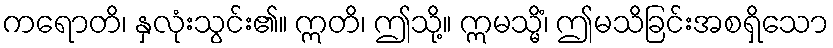
ကရောတိ၊ နှလုံးသွင်း၏။ ဣတိ၊ ဤသို့။ ဣမသ္မိံ၊ ဤမသိခြင်းအစရှိသော